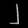
Digit: ၂